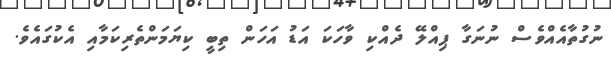
ނުގުތާއެއްވެސް ނުނަގާ ޕިއްލޭ ދެއްކި ވާހަކަ އަޑު އަހަން ތިބީ ކިޔަމަންތެރިކަމާއި އެކުގައެވެ.